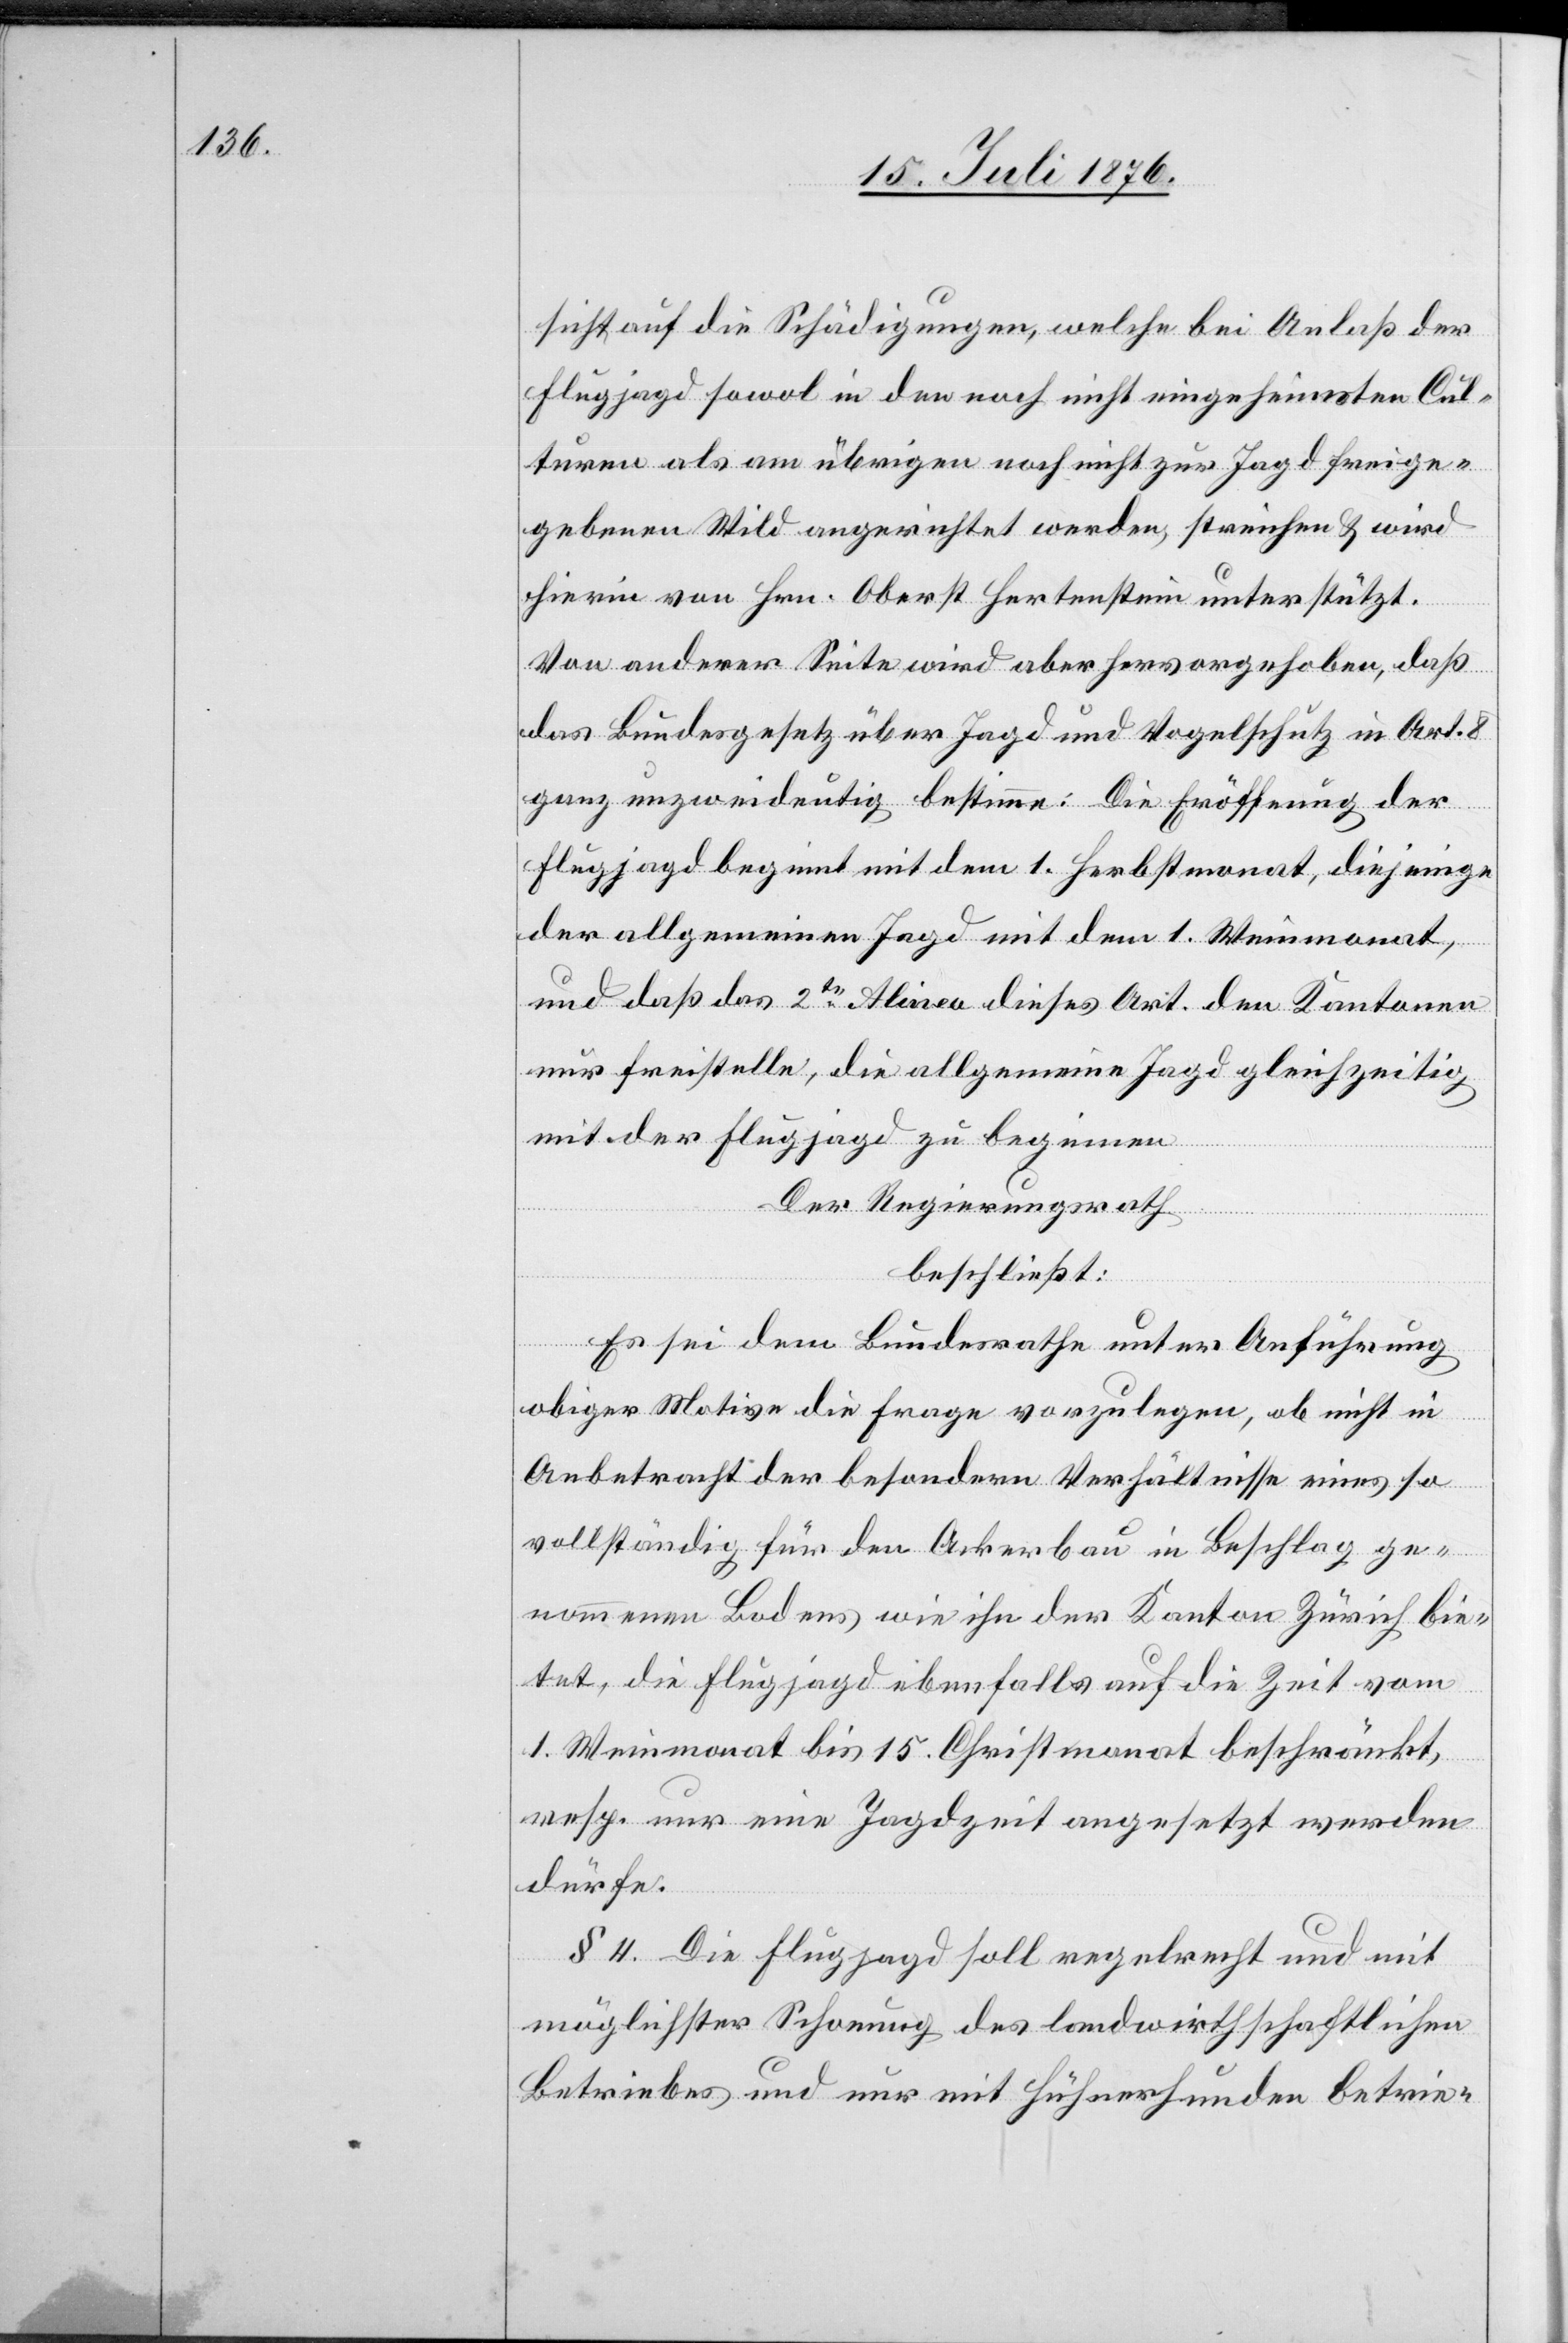
sicht auf die Schädigungen, welche bei Anlaß der
Flugjagd sowol in den noch nicht eingeheimsten Cul¬
turen als am übrigen noch nicht zur Jagd freige¬
gebenen Wild angerichtet werden, streichen & wird
hierin von Hrn. Oberst Hertenstein unterstützt.
Von anderer Seite wird aber hervorgehoben, daß
das Bundesgesetz über Jagd und Vogelschutz in Art. 8
ganz unzweideutig bestimme: Die Eröffnung der
Flugjagd beginnt mit dem 1. Herbstmonat, diejenige
der allgemeinen Jagd mit dem 1. Weinmonat,
und daß das 2te Alinea dieses Art. den Kantonen
nur freistellte, die allgemeine Jagd gleichzeitig
mit der Flugjagd zu beginnen.
Der Regierungsrath
beschließt:
Es sei dem Bundesrath unter Anführung
obiger Motive die Frage vorzulegen, ob nicht in
Anbetracht der besondern Verhältnisse eines so
vollständig für den Ackerbau in Beschlag ge¬
nommenen Bodens, wie ihn der Kanton Zürich bie¬
tet, die Flugjagd ebenfalls auf die Zeit vom
1. Weinmonat bis 15. Christmonat beschränkt
resp. nur eine Jagdzeit angesetzt werden
dürfe.
§ 4. Die Flugjagd soll regelrecht und mit
möglichster Schonung des landwirthschaftlichen
Betriebes und nur mit Hühnerhunden betrie-